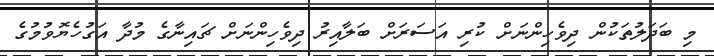
މި ބަދަލުތަކުން ދިވެހިންނަށް ކުރި އަސަރަށް ބަލާއިރު ދިވެހިންނަށް ޗައިނާގެ މުދާ އަގުހެޔޮވުމުގެ